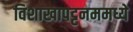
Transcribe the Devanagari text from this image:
विशाखापट्टनममध्ये